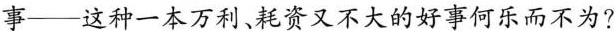
事——这种一本万利、耗资又不大的好事何乐而不为?